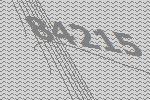
84215